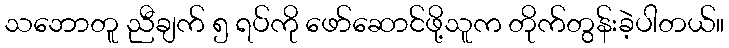
သဘောတူ ညီချက် ၅ ရပ်ကို ဖော်ဆောင်ဖို့သူက တိုက်တွန်းခဲ့ပါတယ်။